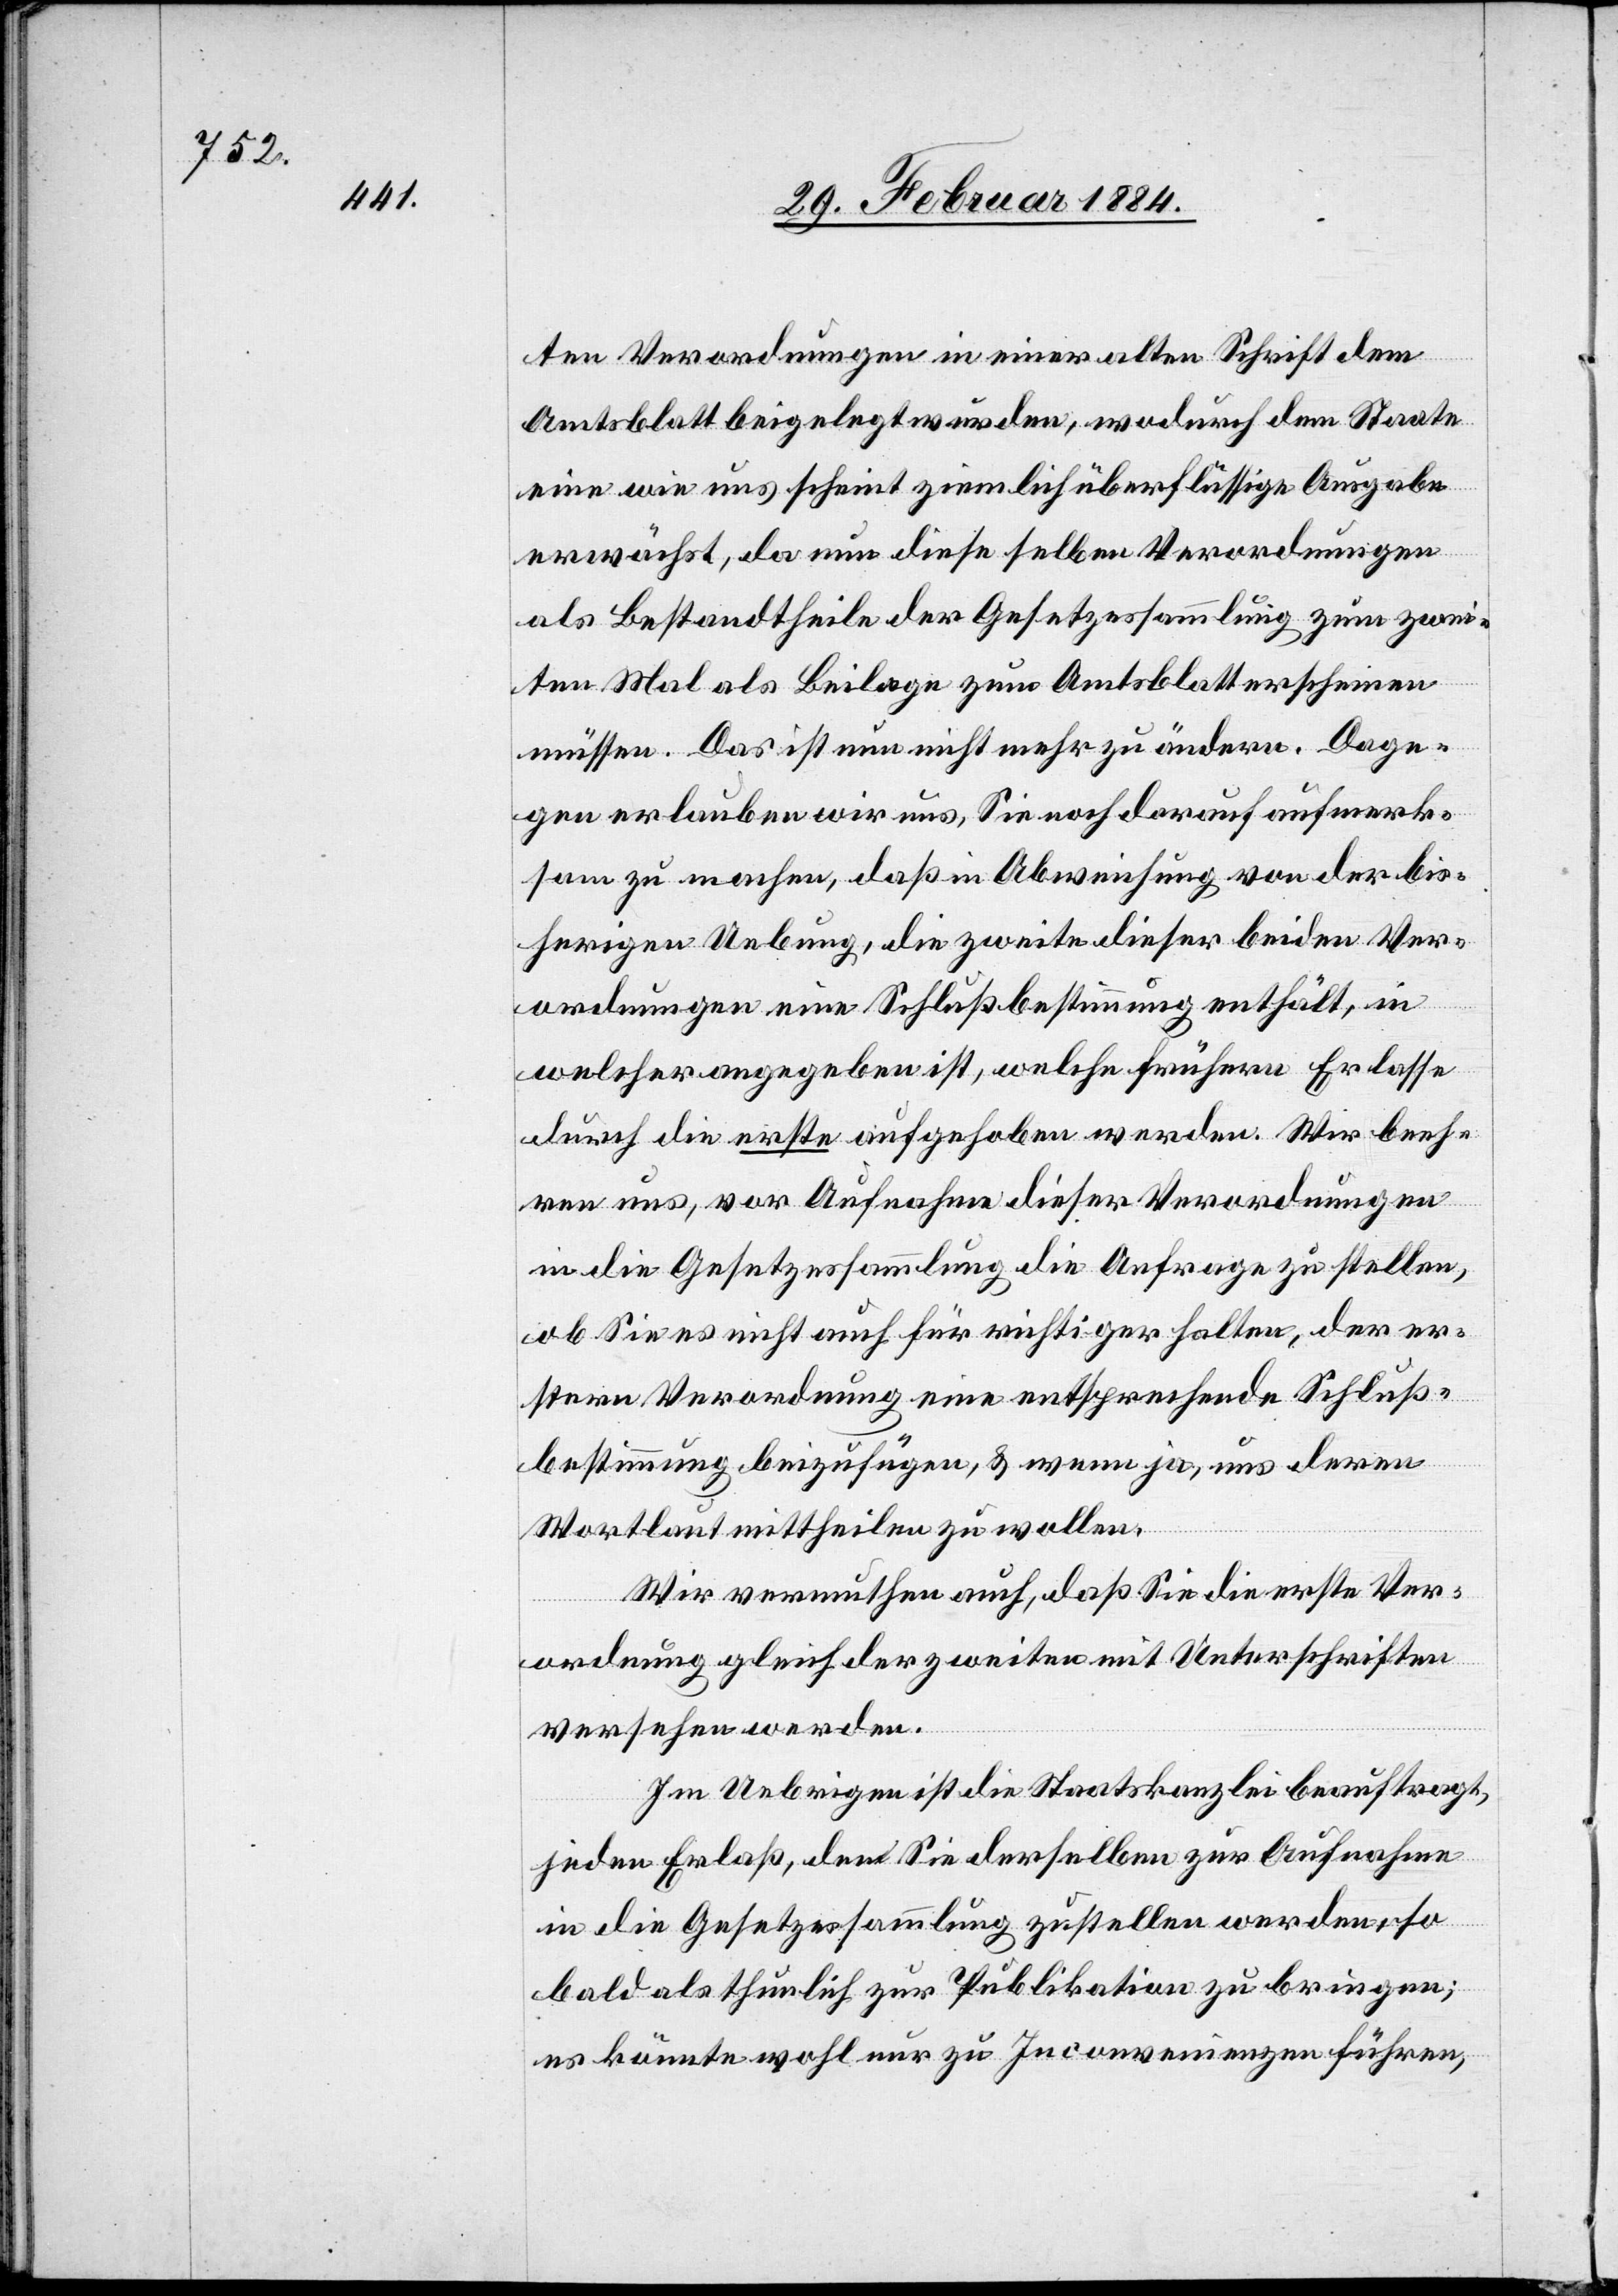
ten Verordnungen in einer alten Schrift dem
Amtsblatt beigelegt wurden, wodurch dem Staate
eine wie uns scheint ziemlich überflüssige Ausgabe
erwächst, da nun diese selben Verordnungen
als Bestandtheile der Gesetzessammlung zum zwei¬
ten Mal als Beilage zum Amtsblatt erscheinen
müssen. Das ist nun nicht mehr zu ändern. Dage¬
gen erlauben wir uns, Sie noch darauf aufmerk¬
sam zu machen, daß in Abweichung von der bis¬
herigen Uebung, die zweite dieser beiden Ver¬
ordnungen eine Schlußbestimmung enthält, in
welcher angegeben ist, welche frühern Erlasse
durch die erste aufgehoben werden. Wir beeh¬
ren uns, vor Aufnahme dieser Verordnungen
in die Gesetzessammlung die Anfrage zu stellen,
ob Sie es nicht auch für richtiger halten, der er¬
stern Verordnung eine entsprechende Schluß¬
bestimmung beizufügen, & wenn ja, uns deren
Wortlaut mittheilen zu wollen.
Wir vermuthen auch, daß Sie die erste Ver¬
ordnung gleich der zweiten mit Unterschriften
versehen werden.
Im Uebrigen ist die Staatskanzlei beauftragt,
jeden Erlaß, den Sie derselben zur Aufnahme
in die Gesetzessammlung zustellen werden, so
bald als thunlich zur Publikation zu bringen;
es könnte wohl nur zu Inconvenienzen führen,